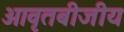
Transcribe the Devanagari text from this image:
आवृतबीजीय